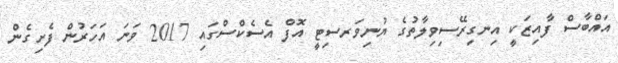
އައްބާސް ފާއިޒަކީ އިނގިރޭސިވިލާތުގެ ޔުނިވަރސިޓީ އޮފް އެސެކްސްގައި 2017 ވަނަ އަހަރުން ފެށިގެން